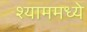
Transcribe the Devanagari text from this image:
श्याममध्ये